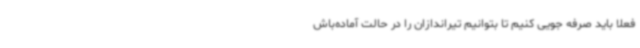
فعلا باید صرفه جویی کنیم تا بتوانیم تیراندازان را در حالت آماده‌باش